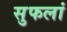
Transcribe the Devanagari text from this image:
सुफलां